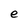
Character: e